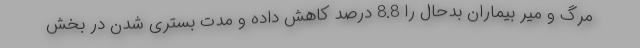
مرگ و میر بیماران بدحال را 8.8 درصد کاهش داده و مدت بستری شدن در بخش